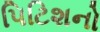
પિટિશનો